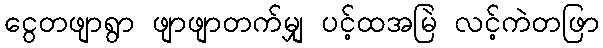
ငွေတဖျာရွာ ဖျာဖျာတက်မျှ ပင့်ထအမြဲ လင့်ကဲတဖြာ